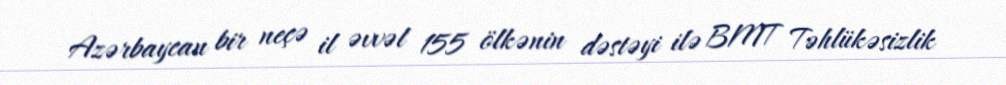
Azərbaycan bir neçə il əvvəl 155 ölkənin dəstəyi ilə BMT Təhlükəsizlik